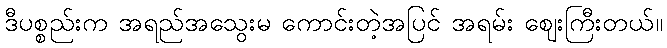
ဒီပစ္စည်းက အရည်အသွေးမ ကောင်းတဲ့အပြင် အရမ်း ဈေးကြီးတယ်။